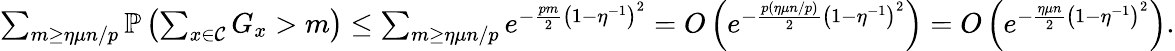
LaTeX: \begin{array}{r}{\sum_{m\geq\eta\mu n/p}\mathbb{P}\left(\sum_{x\in\mathcal C}G_{x}>m\right)\leq\sum_{m\geq\eta\mu n/p}e^{-\frac{pm}{2}\left(1-\eta^{-1}\right)^{2}}=O\left(e^{-\frac{p(\eta\mu n/p)}{2}\left(1-\eta^{-1}\right)^{2}}\right)=O\left(e^{-\frac{\eta\mu n}{2}\left(1-\eta^{-1}\right)^{2}}\right).}\end{array}